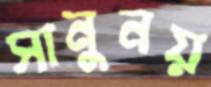
সানুনয়